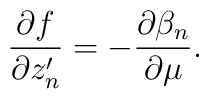
\frac{\partial f}{\partial z'_n} = -\frac{\partial\beta_n }{\partial\mu}.